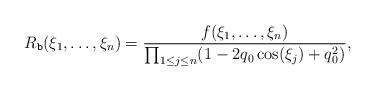
LaTeX: \begin{align*}R_{\texttt{b}}(\xi_1,\ldots ,\xi_n)= \frac{f(\xi_1,\ldots, \xi_n)}{\prod_{1\leq j\leq n} (1-2q_0\cos(\xi_j) +q_0^2) } ,\end{align*}